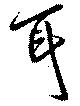
耳